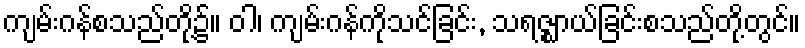
ကျမ်းဂန်စသည်တို့၌။ ဝါ၊ ကျမ်းဂန်ကိုသင်ခြင်း, သရဇ္ဈာယ်ခြင်းစသည်တို့တွင်။